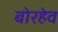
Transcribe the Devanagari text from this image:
बोरहेव